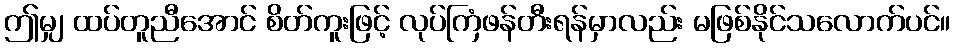
ဤမျှ ထပ်တူညီအောင် စိတ်ကူးဖြင့် လုပ်ကြံဖန်တီးရန်မှာလည်း မဖြစ်နိုင်သလောက်ပင်။